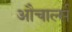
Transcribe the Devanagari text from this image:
औचार्ल्स